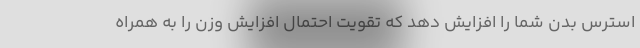
استرس بدن شما را افزایش دهد که تقویت احتمال افزایش وزن را به همراه